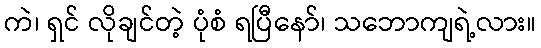
ကဲ၊ ရှင် လိုချင်တဲ့ ပုံစံ ရပြီနော်၊ သဘောကျရဲ့လား။